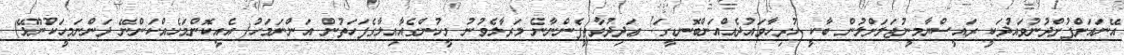
އޭނައަށްފުށްދުނުވައުދަކީ ރައީސްޔާމީނުޖަލަށްލުން ބާކީ ހުރިހާވައުދެއްއަންބޮނޑީގަ! ޢަދިދުވާތީފެންނާނެ މަރާލެވުނު މީހުންގެއާއިލާގެފަހަތުން އަންނަމަހު( އެއީކޮންމަހެއްކަންނޭ ދަންނަމީހަކުނޫޅޭ)